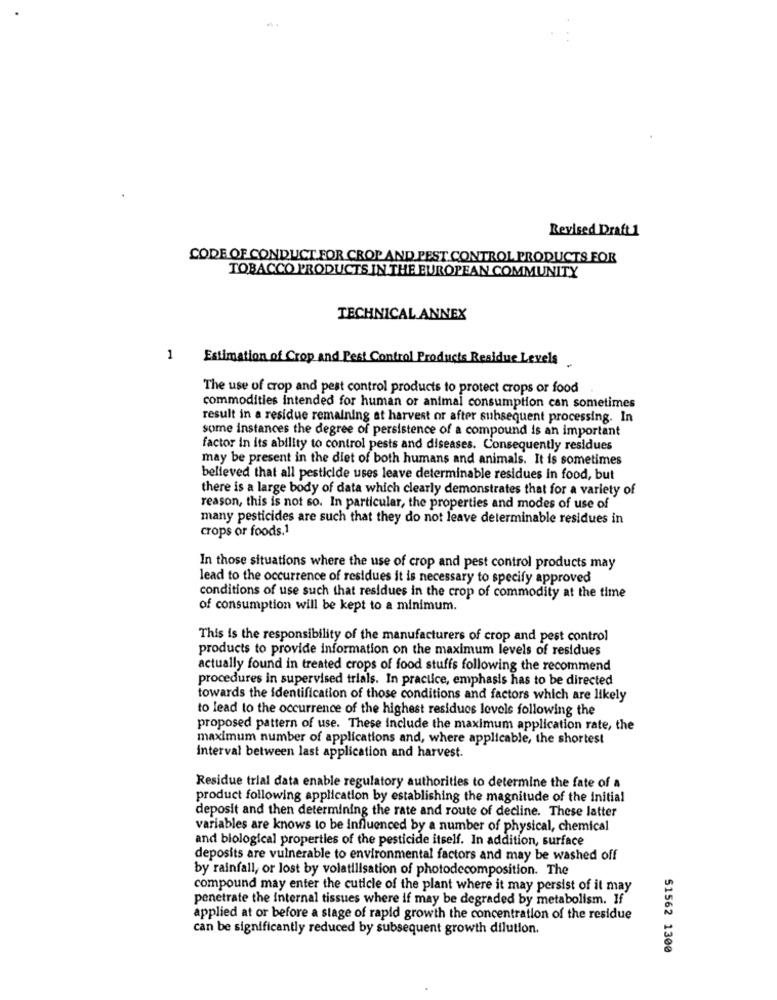
Revised Draft 1
CODE OF CONDUCT FOR CROP AND PEST CONTROL PRODUCTS FOR
TOBACCO PRODUCTS IN THE EUROPEAN COMMUNITY
TECHNICAL ANNEX
1 Estimation of Crop and Pest Control Products Residue Levels
The use of crop and pest control products to protect crops or food
commodities intended for human or animal consumption can sometimes
result in a residue remaining at harvest or after subsequent processing. In
some instances the degree of persistence of a compound is an important
factor in its ability to control pests and diseases. Consequently residues
may be present in the diet of both humans and animals. It is sometimes
believed that all pesticide uses leave determinable residues in food, but
there is a large body of data which clearly demonstrates that for a variety of
reason, this is not so. In particular, the properties and modes of use of
many pesticides are such that they do not leave determinable residues in
crops or foods.1
In those situations where the use of crop and pest control products may
lead to the occurrence of residues it is necessary to specify approved
conditions of use such that residues in the crop of commodity at the time
of consumption will be kept to a minimum.
This is the responsibility of the manufacturers of crop and pest control
products to provide information on the maximum levels of residues
actually found in treated crops of food stuffs following the recommend
procedures in supervised trials. In practice, emphasis has to be directed
towards the identification of those conditions and factors which are likely
to lead to the occurrence of the highest residuos levels following the
proposed pattern of use. These include the maximum application rate, the
maximum number of applications and, where applicable, the shortest
interval between last application and harvest.
Residue trial data enable regulatory authorities to determine the fate of a
product following application by establishing the magnitude of the initial
deposit and then determining the rate and route of decline. These latter
variables are knows to be influenced by a number of physical, chemical
and biological properties of the pesticide itself. In addition, surface
deposits are vulnerable to environmental factors and may be washed off
by rainfall, or lost by volatilisation of photodecomposition. The
compound may enter the cuticle of the plant where it may persist of it may
penetrate the internal tissues where if may be degraded by metabolism. If
applied at or before a stage of rapid growth the concentration of the residue
can be significantly reduced by subsequent growth dilution.
51562 1300